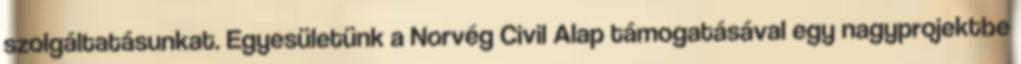
szolgáltatásunkat. Egyesületünk a Norvég Civil Alap támogatásával egy nagyprojektbe